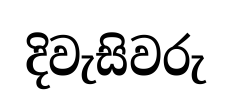
දිවැසිවරු